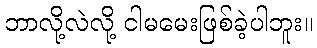
ဘာလို့လဲလို့ ငါမမေးဖြစ်ခဲ့ပါဘူး။